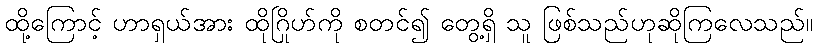
ထို့ကြောင့် ဟာရှယ်အား ထိုဂြိုဟ်ကို စတင်၍ တွေ့ရှိ သူ ဖြစ်သည်ဟုဆိုကြလေသည်။